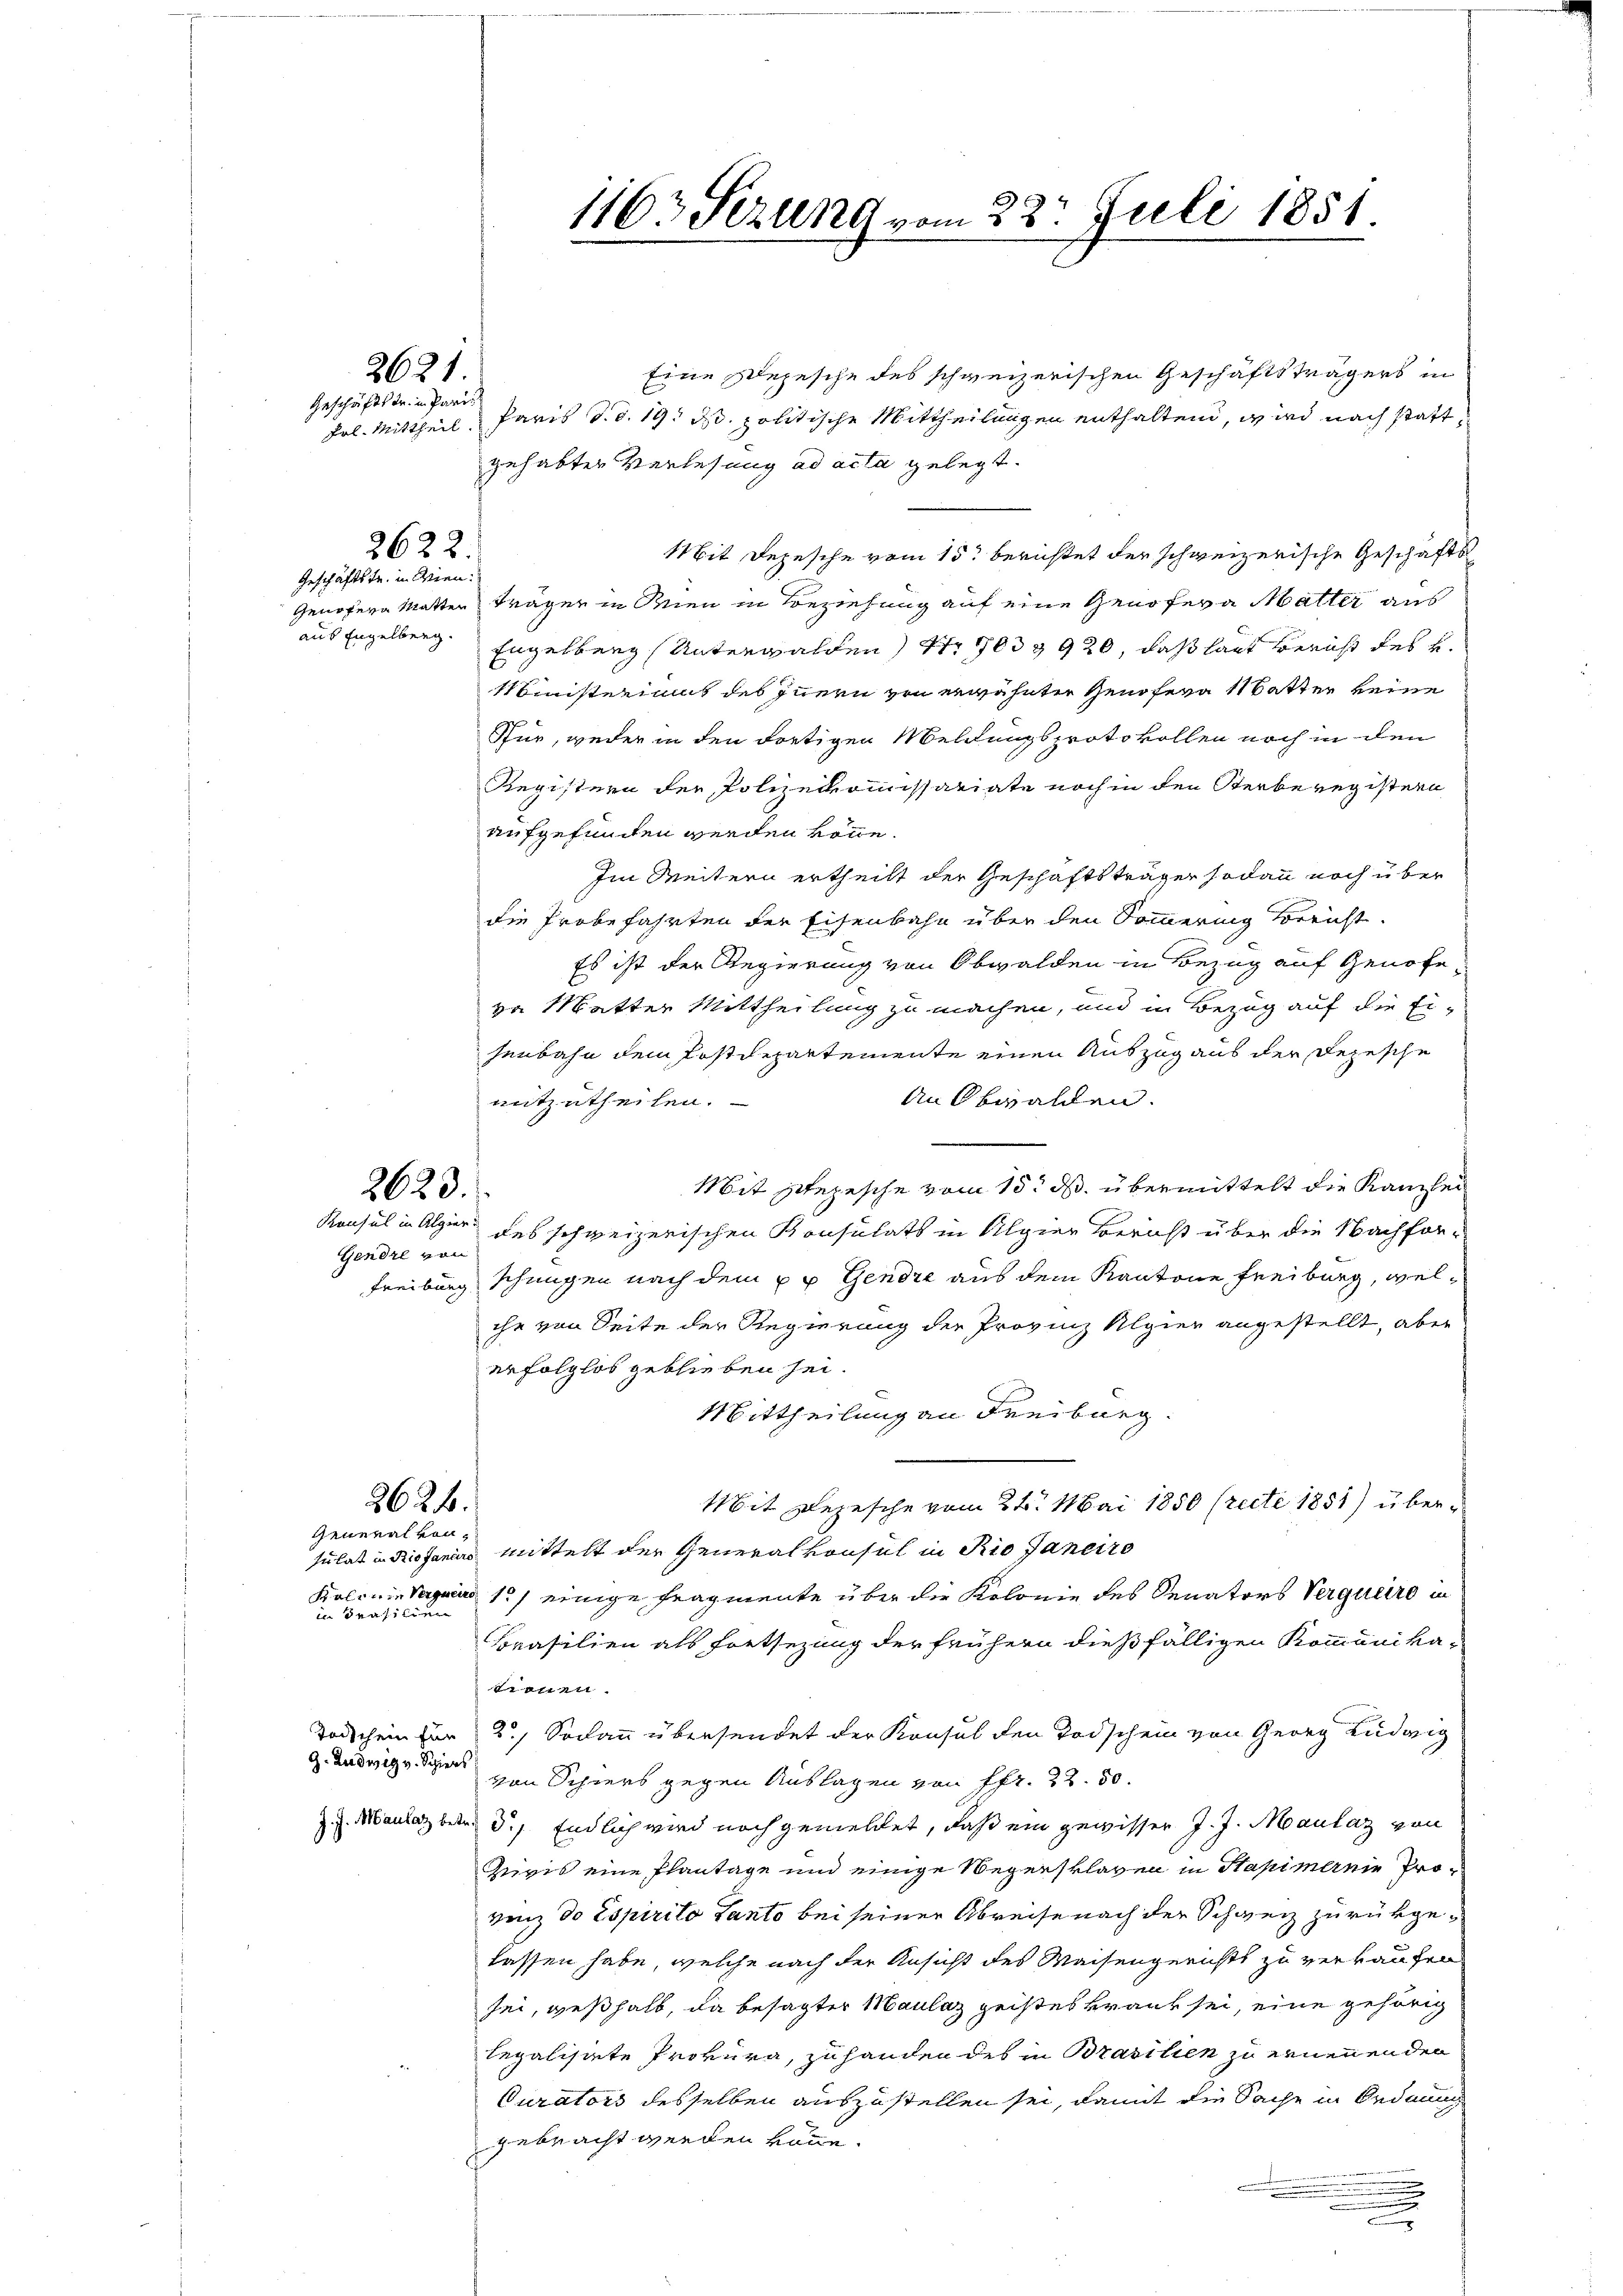
Eine Depesche des schweizerischen Geschäftsträgers in
Prl. Mittheil, Paris d. d. 19. ds. politische Mittheilungen enthaltend, wird nach stattgehabter Verlesung ad acta gelegt.
Mit Depesche vom 15. berichtet der schweizerische Geschäfts
Genofern Matten trägen in Wien in Beziehung auf eine Genoveva Matter aus
aus Engelberg. Engelberg (Unterwalden Nr 1903 n 920, daß laut Bericht des u.
Ministeriums des Innern von erwähnter Genöfera 1 Batter keine
7
Pfur, weder in den dortigen Meldungsprotokollen noch in den
Registern der Polizeikommissariate noch in den Kerberegistern
aufgefunden werden könne.
Im Weitern ertheilt der Geschäftsträger sodann noch über
die Probefahrten der Eisenbahn über den Sommerung Bericht.
Es ist der Regierung von Obwalden in Bezug auf Genose
va Matter Mittheilung zu machen, und in Bezug auf die Ei-
senbahn dem Postdepartemente einen Auszug aus der Depesche
mitzutheilen.
An Obwalden.
Mit sezesche vom 15. ds. übermittelt die Kanzlei
Konsul in Alpier des schweizerischen Konsulats in Algier Bericht über die Nachfor¬
Freiburg schungen nach dem u u Gendre aus dem Kantone Freiburg, welche von Seite der Regierung der Provinz Algien angestellt, aber
erfolglos geblieben sei.
Mittheilung an Freiburg.
2624.
Mit Depesche vom 24. Mai 1850 (recte 1851) über¬
General von
mittelt der Generalkonsul in Rio Janeiro
sulat in Rio fandro
Kolonie Sarging 1) einige Fragmente über die Kolonie des Senators Verquero in
in Prasilien
Brasilien als Fortsezung der frühern dießfälligen Kommunika-
tionen.
Todschein für 2.) Sodann übersendet der Konsul den Todschein von Georg Ludwig
G. Ludwig v. Spiers
von Schiers gegen Auslagen von Pfr. 22. 50.
z.. Manlaz betr. d. Endlich wird noch gemeldet, daß ein gewisser J. J. Maulaz von
Quivis eine Plantage und einige Negersklaven in Stapimereie Provinz do Espirito Panto bei seiner Abreise nach der Schweiz zurükgelassen habe, welche nach der Ansicht des Waisengerichts zu verkaufen
sei, weßhalb, da besagter Maulaz geistes Braut sei, eine gehörig
legalisierte Provura, zu handen des in Brasilien zu ernennenden
Curators desselben auszustellen sei, damit die Sache in Ordnung
gebracht werden könne.
.

Geschäftstr. in Paris

Geschäftstr. in Wien.

2621

2622.

2623.

Genere von

1163 Sezung vom 22. Juli 1851.